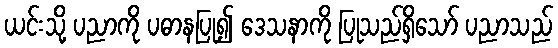
ယင်းသို့ ပညာကို ပဓာနပြု၍ ဒေသနာကို ပြုသည်ရှိသော် ပညာသည်